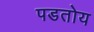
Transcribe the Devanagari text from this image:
पडतोय